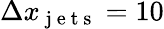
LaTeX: \Delta x_{\mathrm{~j~e~t~s~}}=10